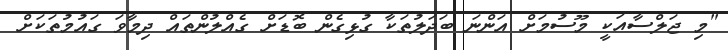
"މި ޖަަލްސާއަކީ މޫސުމަށް އަންނަ ބަދަލުތަކާ ގުޅިގެން ބޮޑަށް ގެއްލުންތައް ދިމާވަ ގައުމުތަކަށް